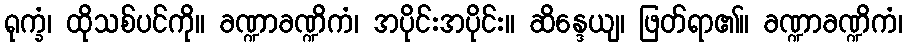
ရုက္ခံ၊ ထိုသစ်ပင်ကို။ ခဏ္ဍာခဏ္ဍိကံ၊ အပိုင်းအပိုင်း။ ဆိန္ဒေယျ၊ ဖြတ်ရာ၏။ ခဏ္ဍာခဏ္ဍိကံ၊